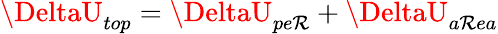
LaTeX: \DeltaU_{top}=\DeltaU_{pe\mathcal{R}}+\DeltaU_{a\mathcal{R}ea}